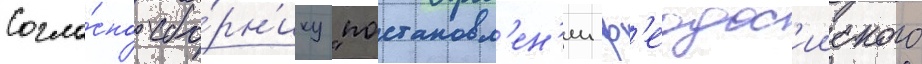
Согла́сно сбо́рн'ику "постановл'ен'ии ф'еодос'ииского